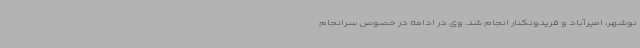
نوشهر، امیرآباد و فریدونکنار انجام شد. وی در ادامه در خصوص سرانجام